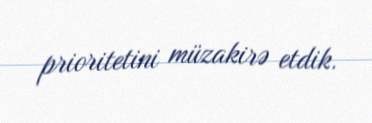
prioritetini müzakirə etdik.